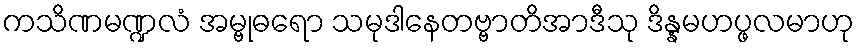
ကသိဏမဏ္ဍလံ အမ္ဗုဓရော သမုဒါနေတဗ္ဗာတိအာဒီသု ဒိန္နမဟပ္ဖလမာဟု